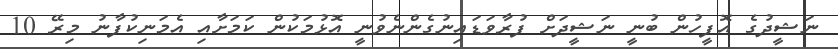
ނަޝީދުގެ އޮފީހުން ބުނީ ނަޝީދަށް ފުރާވަޑައިނުގެންނެވުނީ އޮޅުމަކުން ކަމަށާއި އެމަނިކުފާނު މިރޭ 10